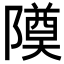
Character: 𬯚